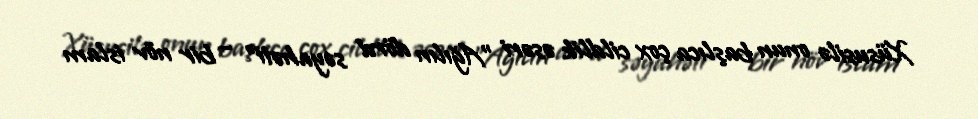
Xüsusilə onun başlıca çox cildlik əsəri "Ağılın dörd səyahəti" – bir növ islam